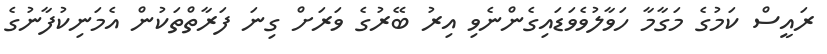
ރައީސް ކަމުގެ މަގާމާ ހަވާލުވެވަޑައިގެންނެވި އިރު ބޭރުގެ ވަރަށް ގިނަ ފަރާތްތަކުން އެމަނިކުފާނުގެ